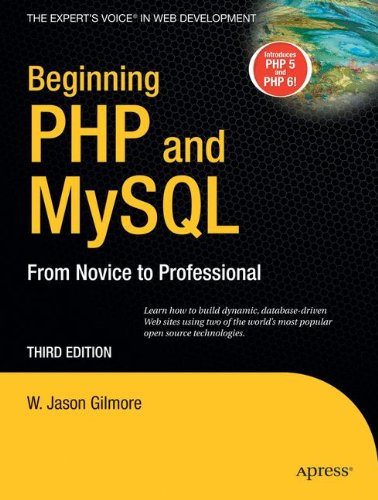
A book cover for Beginning PHP and MySQL: From Novice to Professional; W Jason Gilmore; Computers & Technology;